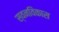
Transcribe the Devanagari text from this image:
स्वनविकास